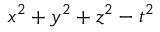
x ^ { 2 } + y ^ { 2 } + z ^ { 2 } - t ^ { 2 }